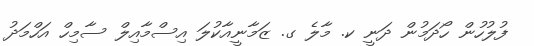
ފުލުހުން ހޯދަމުން ދަނީ ކ. މާލެ ގ. ޒަމާނީއާކުލަ އިސްމާއިލް ސާމިހް އަހްމަދު